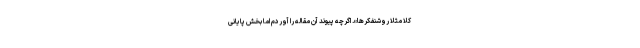
کلا مثلا روشنفکرها». اگرچه پیوند آن مقاله را آوردم اما بخش پایانی